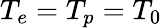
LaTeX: T_{e}=T_{p}=T_{0}